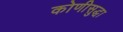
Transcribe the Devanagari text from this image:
कोणीसुद्धा